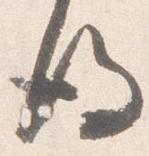
後